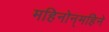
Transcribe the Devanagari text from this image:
महिनोन्‌महिने